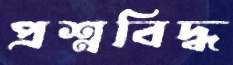
প্রশ্নবিদ্ধ